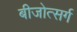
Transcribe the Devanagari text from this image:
बीजोत्सर्ग